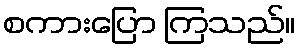
စကားပြော ကြသည်။